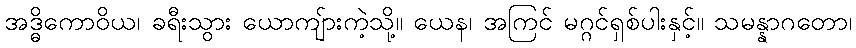
အဒ္ဓိကောဝိယ၊ ခရီးသွား ယောကျ်ားကဲ့သို့။ ယေန၊ အကြင် မဂ္ဂင်ရှစ်ပါးနှင့်။ သမန္နာဂတော၊